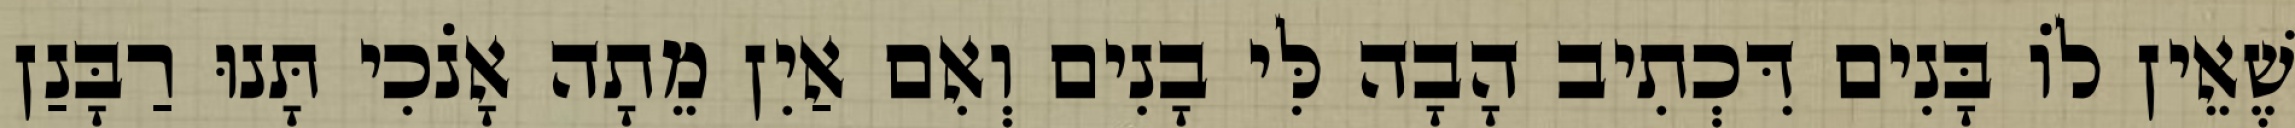
שֶׁאֵין לוֹ בָּנִים דִּכְתִיב הָבָה לִּי בָנִים וְאִם אַיִן מֵתָה אָנֹכִי תָּנוּ רַבָּנַן